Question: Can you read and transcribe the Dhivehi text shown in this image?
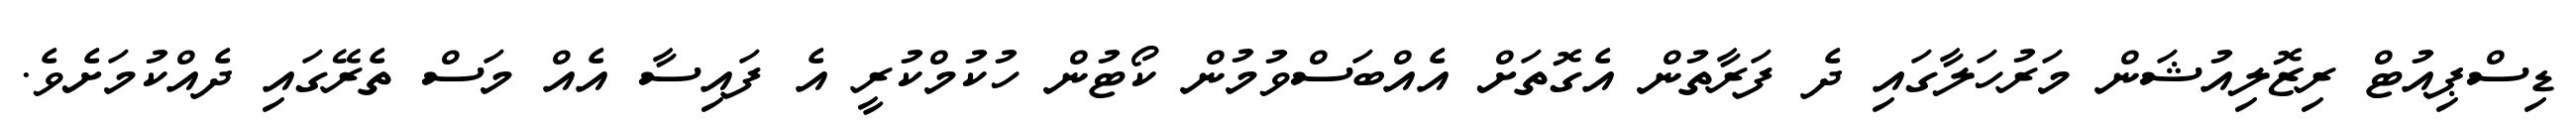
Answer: ޑިސްޕިއުޓް ރިޒޮލިއުޝަން މަރުހަލާގައި ދެ ފަރާތުން އެގޮތަށް އެއްބަސްވުމުން ކޯޓުން ހުކުމްކުރީ އެ ފައިސާ އެއް މަސް ތެރޭގައި ދެއްކުމަށެވެ.